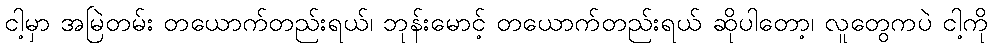
ငါ့မှာ အမြဲတမ်း တယောက်တည်းရယ်၊ ဘုန်းမောင့် တယောက်တည်းရယ် ဆိုပါတော့၊ လူတွေကပဲ ငါ့ကို